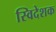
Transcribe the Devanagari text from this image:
स्विदेशक